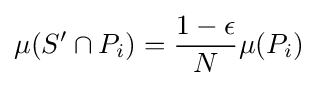
\mu (S'\cap P_{i})={\frac {1-\epsilon }{N}}\mu (P_{i})